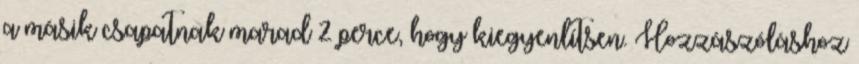
a másik csapatnak marad 2 perce, hogy kiegyenlítsen. Hozzászóláshoz